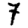
Digit: 7